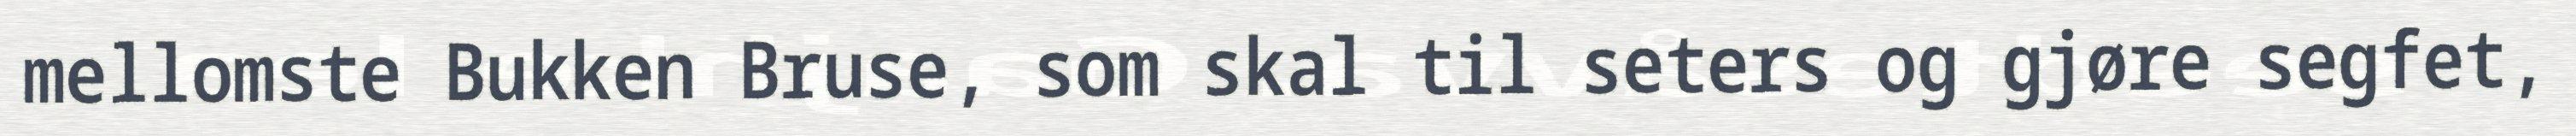
mellomste Bukken Bruse, som skal til seters og gjøre segfet,